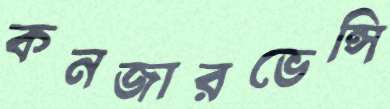
কনজারভেন্সি